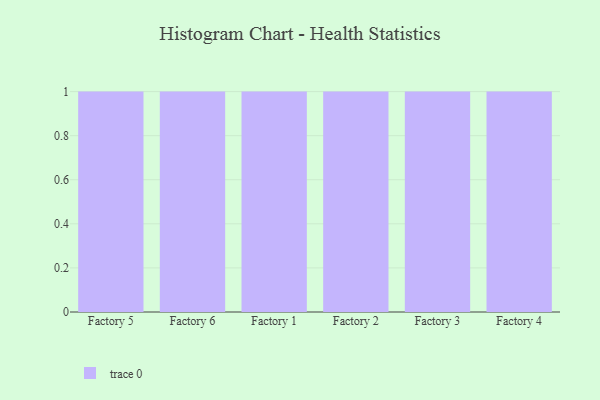
{"axis": {"x": "Factory", "y": "Operating Costs (USD K)"}, "legend": [""], "data": [{"x": "Factory 5", "y": 4, "type": ""}, {"x": "Factory 6", "y": 54, "type": ""}, {"x": "Factory 1", "y": 16, "type": ""}, {"x": "Factory 2", "y": 27, "type": ""}, {"x": "Factory 3", "y": 73, "type": ""}, {"x": "Factory 4", "y": 28, "type": ""}]}